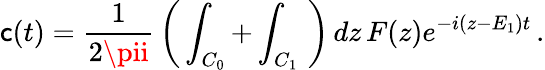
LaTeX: \mathsf{c}(t)=\frac{{1}}{{2\pii}}\, \left(\, \int_{C_{0}}+\int_{C_{1}}\, \, \right)\, dz\, F(z)e^{-i(z-E_{1})t}\, .